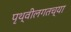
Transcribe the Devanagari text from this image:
पृथ्वीलगतच्या